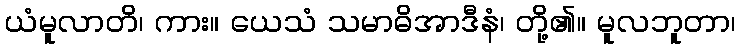
ယံမူလာတိ၊ ကား။ ယေသံ သမာဓိအာဒီနံ၊ တို့၏။ မူလဘူတာ၊